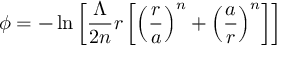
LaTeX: \phi = - \ln \left[ \frac { \Lambda } { 2 n } r \left[ \left( \frac { r } { a } \right) ^ { n } + \left( \frac { a } { r } \right) ^ { n } \right] \right]